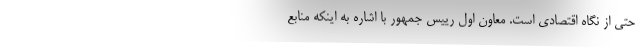
حتی از نگاه اقتصادی است. معاون اول رییس جمهور با اشاره به اینکه منابع